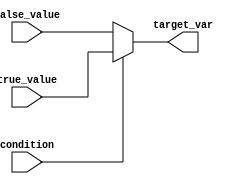
module conditional_assignment(
    input wire condition,       // Boolean input condition
    input wire [7:0] true_value,  // Value assigned if condition is true
    input wire [7:0] false_value, // Value assigned if condition is false
    output reg [7:0] target_var   // Target variable to hold the result
);

// Always block to evaluate the condition and assign the value
always @(*) begin
    target_var = (condition) ? true_value : false_value;
end

endmodule